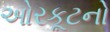
ઓરકૂટનો